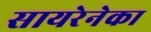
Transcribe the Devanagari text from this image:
सायरेनेका